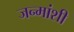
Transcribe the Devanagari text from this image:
जन्मांशी